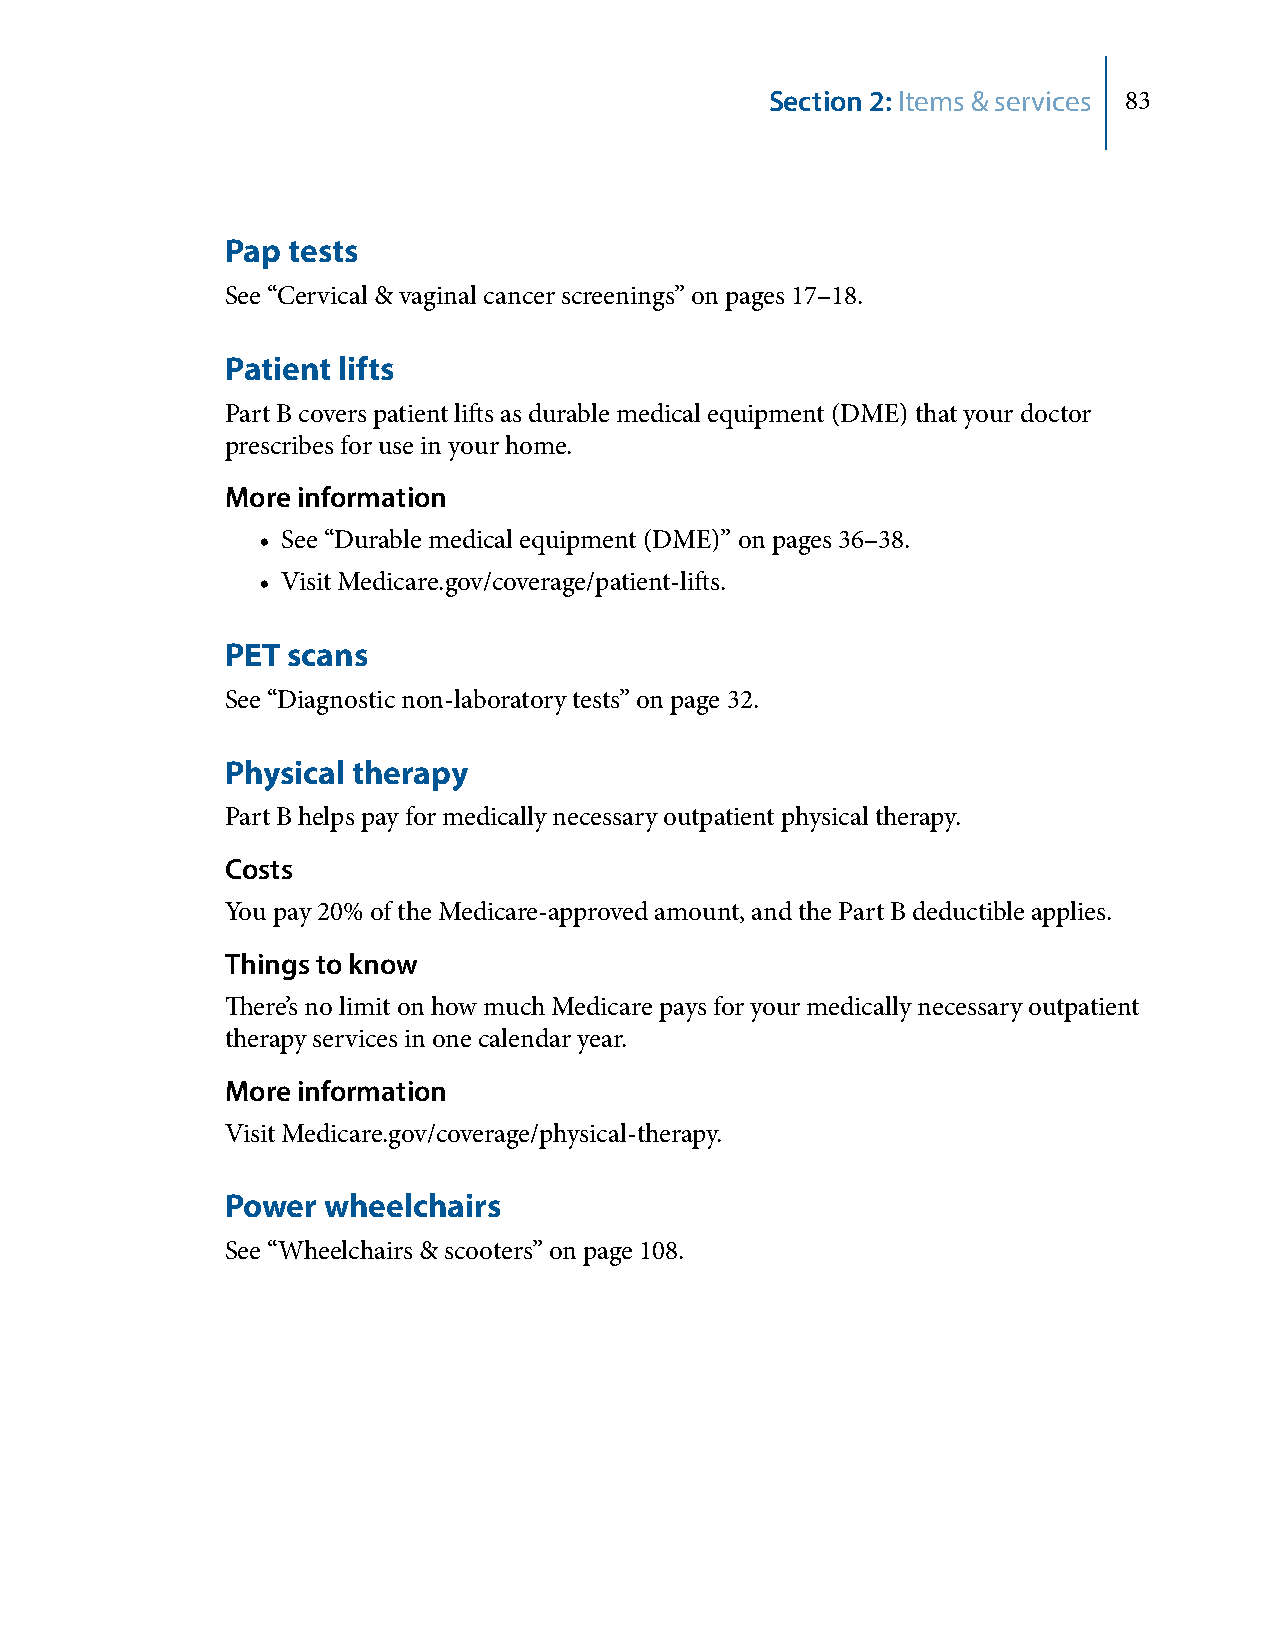
Section 2: Items & services 83
 Pap tests
 See “Cervical & vaginal cancer screenings” on pages 17–18.
 Patient lifts
 Part B covers patient lifts as durable medical equipment (DME) that your doctor
 prescribes for use in your home.
 More information
 • See “Durable medical equipment (DME)” on pages 36–38.
 • Visit Medicare.gov/coverage/patient-lifts.
 PET scans
 See “Diagnostic non-laboratory tests” on page 32.
 Physical therapy
 Part B helps pay for medically necessary outpatient physical therapy.
 Costs
 You pay 20% of the Medicare-approved amount, and the Part B deductible applies.
 Things to know
 There’s no limit on how much Medicare pays for your medically necessary outpatient
 therapy services in one calendar year.
 More information
 Visit Medicare.gov/coverage/physical-therapy.
 Power wheelchairs
 See “Wheelchairs & scooters” on page 108.